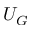
U _ { G }